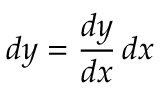
d y = { \frac { d y } { d x } } \, d x